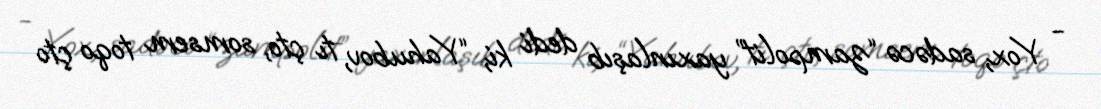
- Yox, sadəcə “zampolit” yaxınlaşıb dedi ki, “Yahubov, tı çto, somsem toqo çto